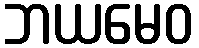
ဘယမေဝ